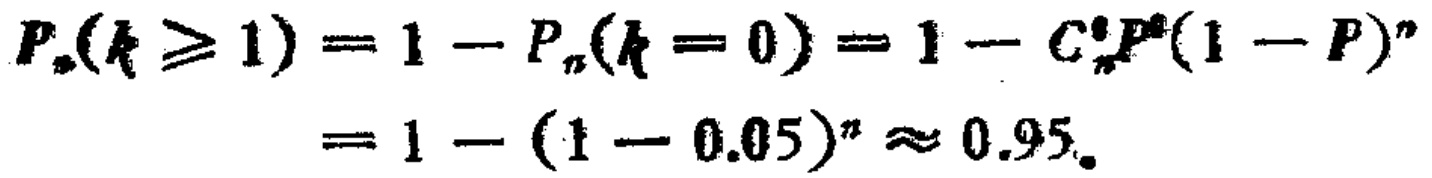
\[

\begin{align*}

P_{n}(k\geq1)&=1 - P_{n}(k = 0)=1 - C_{n}^{0}P^{0}(1 - P)^{n}\\

&=1-(1 - 0.05)^{n}\approx0.95.

\end{align*}

\]